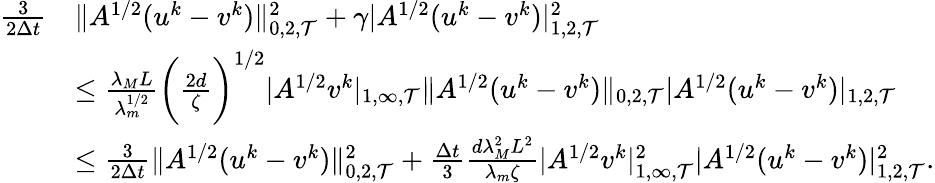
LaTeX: \begin{array}{rl}{\frac{3}{2\Delta t}}&{\| A^{1/2}(u^{k}-v^{k})\| _{0,2,{\mathcal T}}^{2}+\gamma|A^{1/2}(u^{k}-v^{k})|_{1,2,{\mathcal T}}^{2}}\\ &{\le\frac{\lambda_{M}L}{\lambda_{m}^{1/2}}\bigg(\frac{2d}{\zeta}\bigg)^{1/2}|A^{1/2}v^{k}|_{1,\infty,{\mathcal T}}\| A^{1/2}(u^{k}-v^{k})\| _{0,2,{\mathcal T}}|A^{1/2}(u^{k}-v^{k})|_{1,2,{\mathcal T}}}\\ &{\le\frac{3}{2\Delta t}\| A^{1/2}(u^{k}-v^{k})\| _{0,2,{\mathcal T}}^{2}+\frac{\Delta t}{3}\frac{d\lambda_{M}^{2}L^{2}}{\lambda_{m}\zeta}|A^{1/2}v^{k}|_{1,\infty,{\mathcal T}}^{2}|A^{1/2}(u^{k}-v^{k})|_{1,2,{\mathcal T}}^{2}.}\end{array}